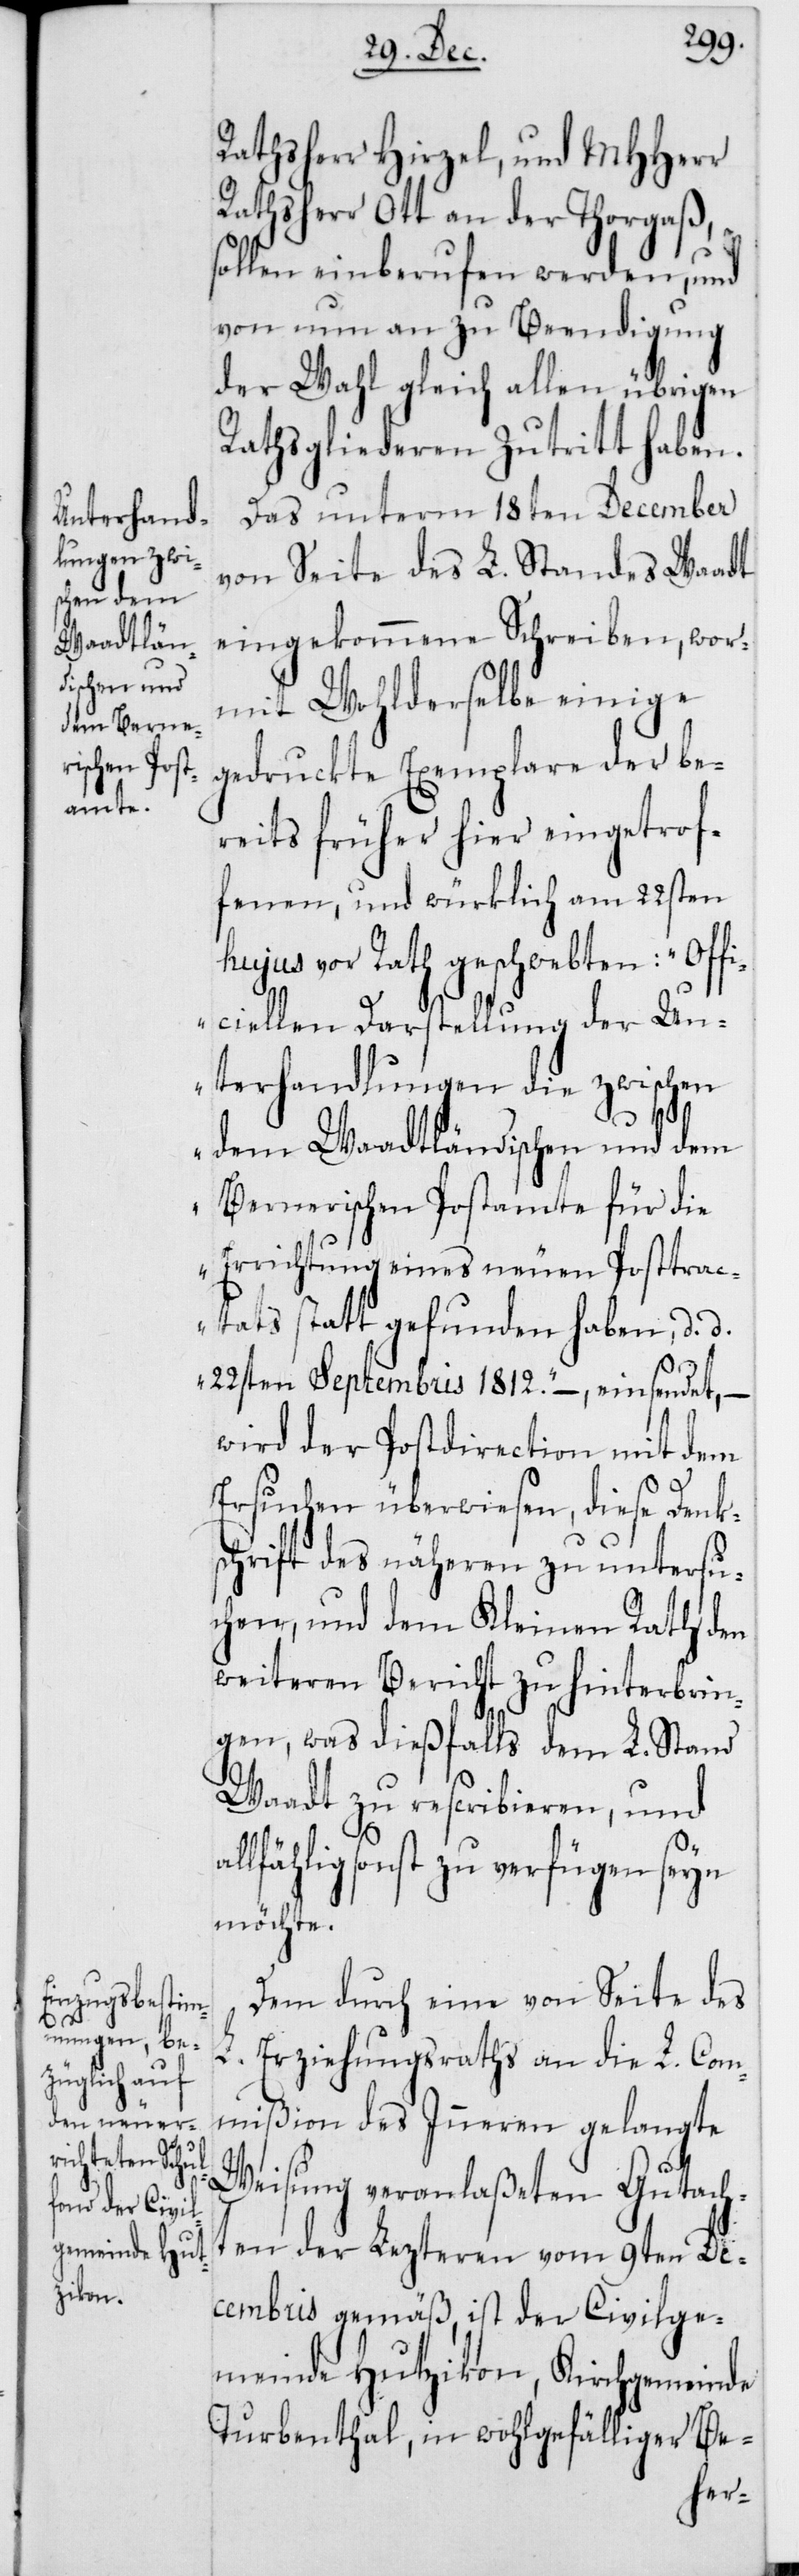
Rathsherr Hirzel, und MHHerr
Rathsherr Ott an der Thorgaß,
sollen einberufen werden, und
von nun an zu Beendigung
der Wahl gleich allen übrigen
Rathsgliederen Zutritt haben.
Das unterm 18ten December
von Seite des L. Standes Waadt
eingekommene Schreiben, wor¬
mit Wohlderselbe einige
gedruckte Exemplare der be¬
reits früher hier eingetrof¬
fenen, und würklich am 22sten
hujus vor Rath geschwebten: „Offi¬
ciellen Darstellung der Un¬
terhandlungen die zwischen
al¬
dem Waadtländischen und dem
Bernerischen Postamte für die
Errichtung eines neuen Posttrac¬
tats statt gefunden haben, d. d.
22sten Septembris 1812.“, –, einsendet, –
wird der Postdirection mit dem
Ersuchen überwiesen, diese Denk¬
schrift des näheren zu untersu¬
chen, und dem Kleinen Rath den
weiteren Bericht zu hinterbrin¬
gen, was dießfalls dem L. Stand
Waadt zu rescribieren, und
lfählig sonst zu verfügen seyn
möchte.
Dem durch eine von Seite des
L. Erziehungsraths an die L. Com¬
mißion des Inneren gelangte
Weisung veranlaßeten Gutach¬
ten der Lezteren vom 9ten De¬
cembris gemäß, ist der Civilge¬
meinde Hutzikon, Kirchgemeinde
Turbenthal, in wohlgefälliger Be-